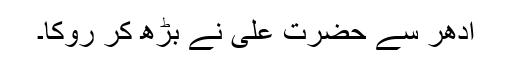
ادھر سے حضرت علیؓ نے بڑھ کر روکا۔